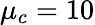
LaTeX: \mu_{c}=10